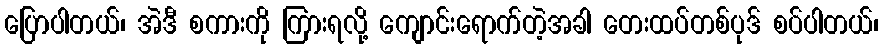
ပြောပါတယ်၊ အဲဒီ စကားကို ကြားရလို့ ကျောင်းရောက်တဲ့အခါ တေးထပ်တစ်ပုဒ် စပ်ပါတယ်၊